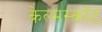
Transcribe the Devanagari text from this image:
केल्मस्काॅट